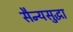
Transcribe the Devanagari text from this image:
सैन्यसुद्धा